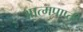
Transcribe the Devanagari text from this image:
आत्मप्राप्ती